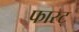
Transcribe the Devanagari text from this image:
फास्ट्